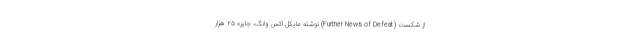
از شکست (Further News of Defeat) نوشته مایکل اکس وانگ، جایزه ۲۵ هزار